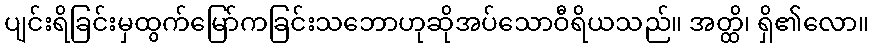
ပျင်းရိခြင်းမှထွက်မြော်ကခြင်းသဘောဟုဆိုအပ်သောဝီရိယသည်။ အတ္ထိ၊ ရှိ၏လော။